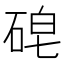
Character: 𱴈